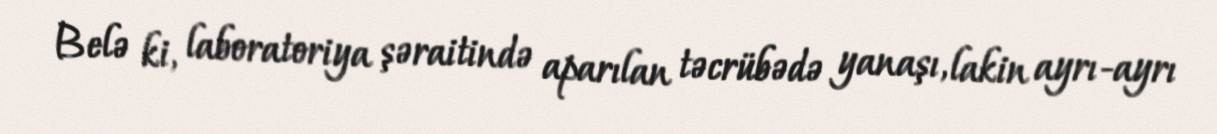
Belə ki, laboratoriya şəraitində aparılan təcrübədə yanaşı, lakin ayrı-ayrı